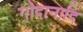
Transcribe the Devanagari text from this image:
गोदानादि